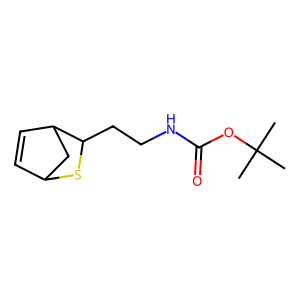
SMILES: CC(C)(C)OC(=O)NCCC1SC2C=CC1C2
Inhibits HIV replication: No